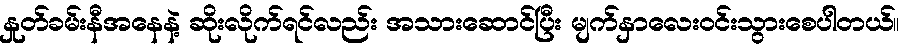
နှုတ်ခမ်းနီအနေနဲ့ ဆိုးလိုက်ရင်လည်း အသားဆောင်ပြီး မျက်နှာလေးဝင်းသွားစေပါတယ်။